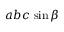
a b c \, \sin \beta